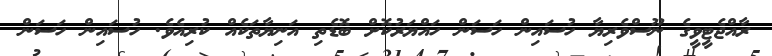
ރާއްޖެޓީވީގެ ނޫސްވެރިޔާ ހުސައިން ހަސަން ހައްޔަރުކޮށް ބޮޑެތި އަނިޔާތަކެއް ކުރިއެވެ. ހުސައިން ހަސަން